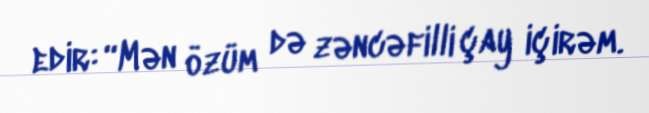
edir: “Mən özüm də zəncəfilli çay içirəm.